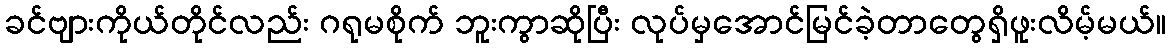
ခင်ဗျားကိုယ်တိုင်လည်း ဂရုမစိုက် ဘူးကွာဆိုပြီး လုပ်မှအောင်မြင်ခဲ့တာတွေရှိဖူးလိမ့်မယ်။